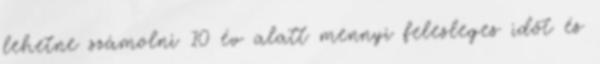
lehetne számolni 10 év alatt mennyi felesleges időt és